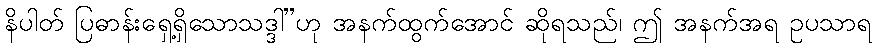
နိပါတ် ပြဓာန်းရှေ့ရှိသောသဒ္ဒါ”ဟု အနက်ထွက်အောင် ဆိုရသည်၊ ဤ အနက်အရ ဥပသာရ